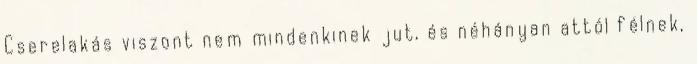
Cserelakás viszont nem mindenkinek jut, és néhányan attól félnek,